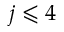
j \leqslant 4